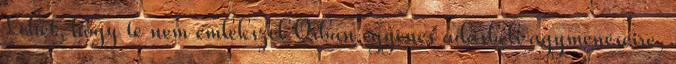
Lehet, hogy te nem emlékszel Orbán egyenes adásbeli agymenéseire,